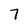
Character: 7